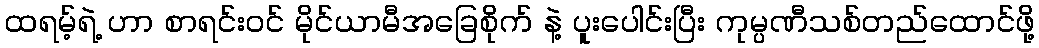
ထရမ့်ရဲ့ ဟာ စာရင်းဝင် မိုင်ယာမီအခြေစိုက် နဲ့ ပူးပေါင်းပြီး ကုမ္ပဏီသစ်တည်ထောင်ဖို့